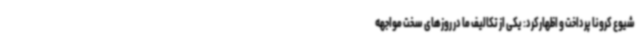
شیوع کرونا پرداخت و اظهارکرد: یکی از تکالیف ما در روزهای سخت مواجهه